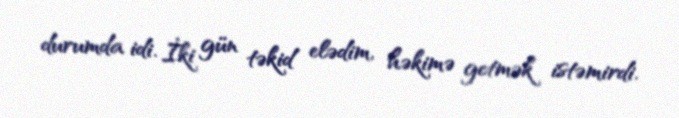
durumda idi. İki gün təkid elədim, həkimə getmək istəmirdi.